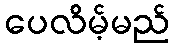
ပေလိမ့်မည်